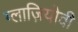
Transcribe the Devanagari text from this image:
ग्लाज़ियोवी